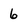
Character: 6